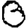
Digit: 0